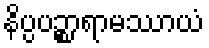
နိပ္ပပဉ္စာရာမဿာယံ